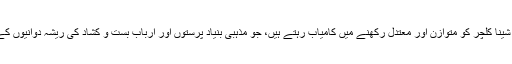
اس طرزِ عمل سے جان علی شینا کلچر کو متوازن اور معتدل رکھنے میں کامیاب رہتے ہیں، جو مذہبی بنیاد پرستوں اور ارباب بست و کشاد کی ریشہ دوانیوں کے ہاتھوںےرغمال بنا ہوا تھا۔